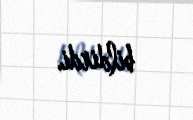
bildirdi.